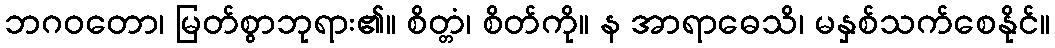
ဘဂဝတော၊ မြတ်စွာဘုရား၏။ စိတ္တံ၊ စိတ်ကို။ န အာရာဓေသိ၊ မနှစ်သက်စေနိုင်။